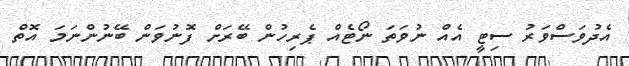
އެދުވަސްވަރު ސިޓީ އެއް ނުވަތަ ނޯޓެއް ޕެރިހުން ބޭރަށް ފޮނުވަން ބޭނުންނަމަ އޮތް